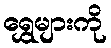
ရွှေများကို